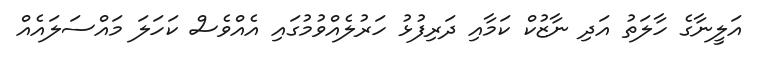
އަލީނާގެ ހާލަތު އަދި ނާޒުކް ކަމާއި ދަރިފުޅު ހަރުލެއްވުމުގައި އެއްވެސް ކަހަލަ މައްސަލައެއް